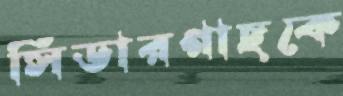
সিডারগাছকে